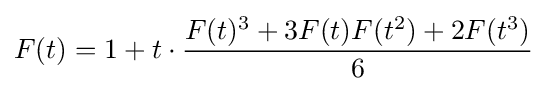
F(t)=1+t\cdot {\frac {F(t)^{3}+3F(t)F(t^{2})+2F(t^{3})}{6}}